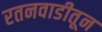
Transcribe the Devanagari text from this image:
रतनवाडीतून